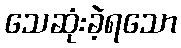
သေဆုံးခဲ့ရသော